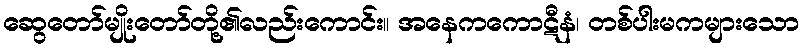
ဆွေတော်မျိုးတော်တို့၏လည်းကောင်း။ အနေကကောဋီနံ၊ တစ်ပါးမကများသော